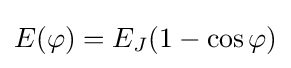
E(\varphi )=E_{J}(1-\cos \varphi )